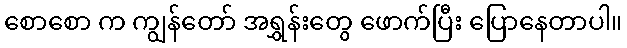
စောစော က ကျွန်တော် အရွှန်းတွေ ဖောက်ပြီး ပြောနေတာပါ။